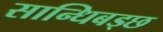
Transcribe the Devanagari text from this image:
सान्धिबड्छ